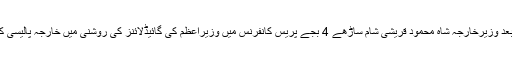
کابینہ اجلاس کے بعد وزیرخارجہ شاہ محمود قریشی شام ساڑھے 4 بجے پریس کانفرنس میں وزیراعظم کی گائیڈلائنز کی روشنی میں خارجہ پالیسی کا احاطہ کریں گے۔